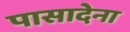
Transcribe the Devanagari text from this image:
पासादेना